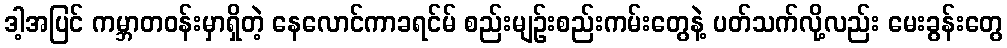
ဒါ့အပြင် ကမ္ဘာတဝန်းမှာရှိတဲ့ နေလောင်ကာခရင်မ် စည်းမျဉ်းစည်းကမ်းတွေနဲ့ ပတ်သက်လို့လည်း မေးခွန်းတွေ